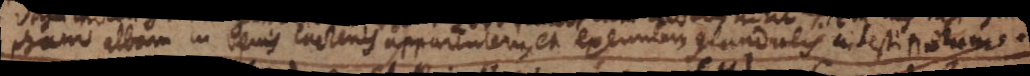
pham albam in venis lactenis apparentem, et exeuntem glandulis intestinarum.